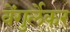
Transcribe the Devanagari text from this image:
वेंगुर्लेकर